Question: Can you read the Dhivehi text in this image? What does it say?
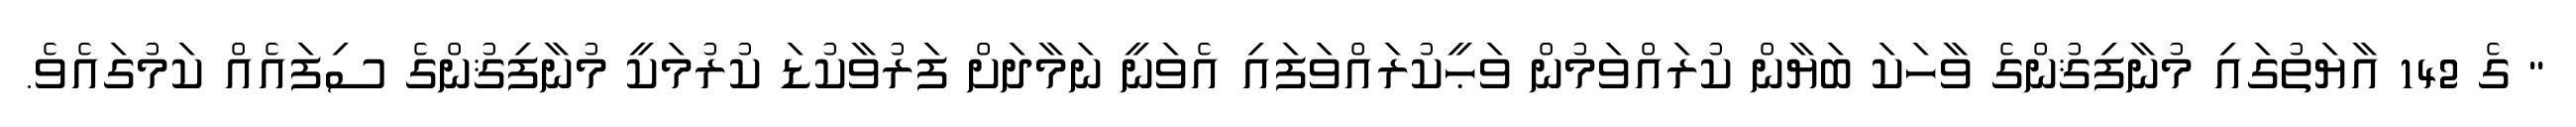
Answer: " ގެ 142 އާޔަތުގައި މުނާފިޤުންގެ ވާހަކަ ބަޔާން ކުރައްވަމުން ވަޙީކުރައްވަފައި އެވަނީ ނަމާދަށް ފަރުވާކުޑަ ކުރުމަކީ މުނާފިޤުންގެ ސިފައެއް ކަމުގައެވެ.